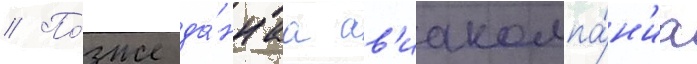
// По́зже да́ннаа ав'иакомпа́н'иа